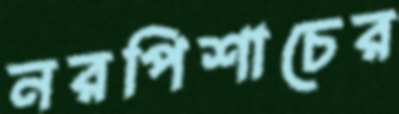
নরপিশাচের